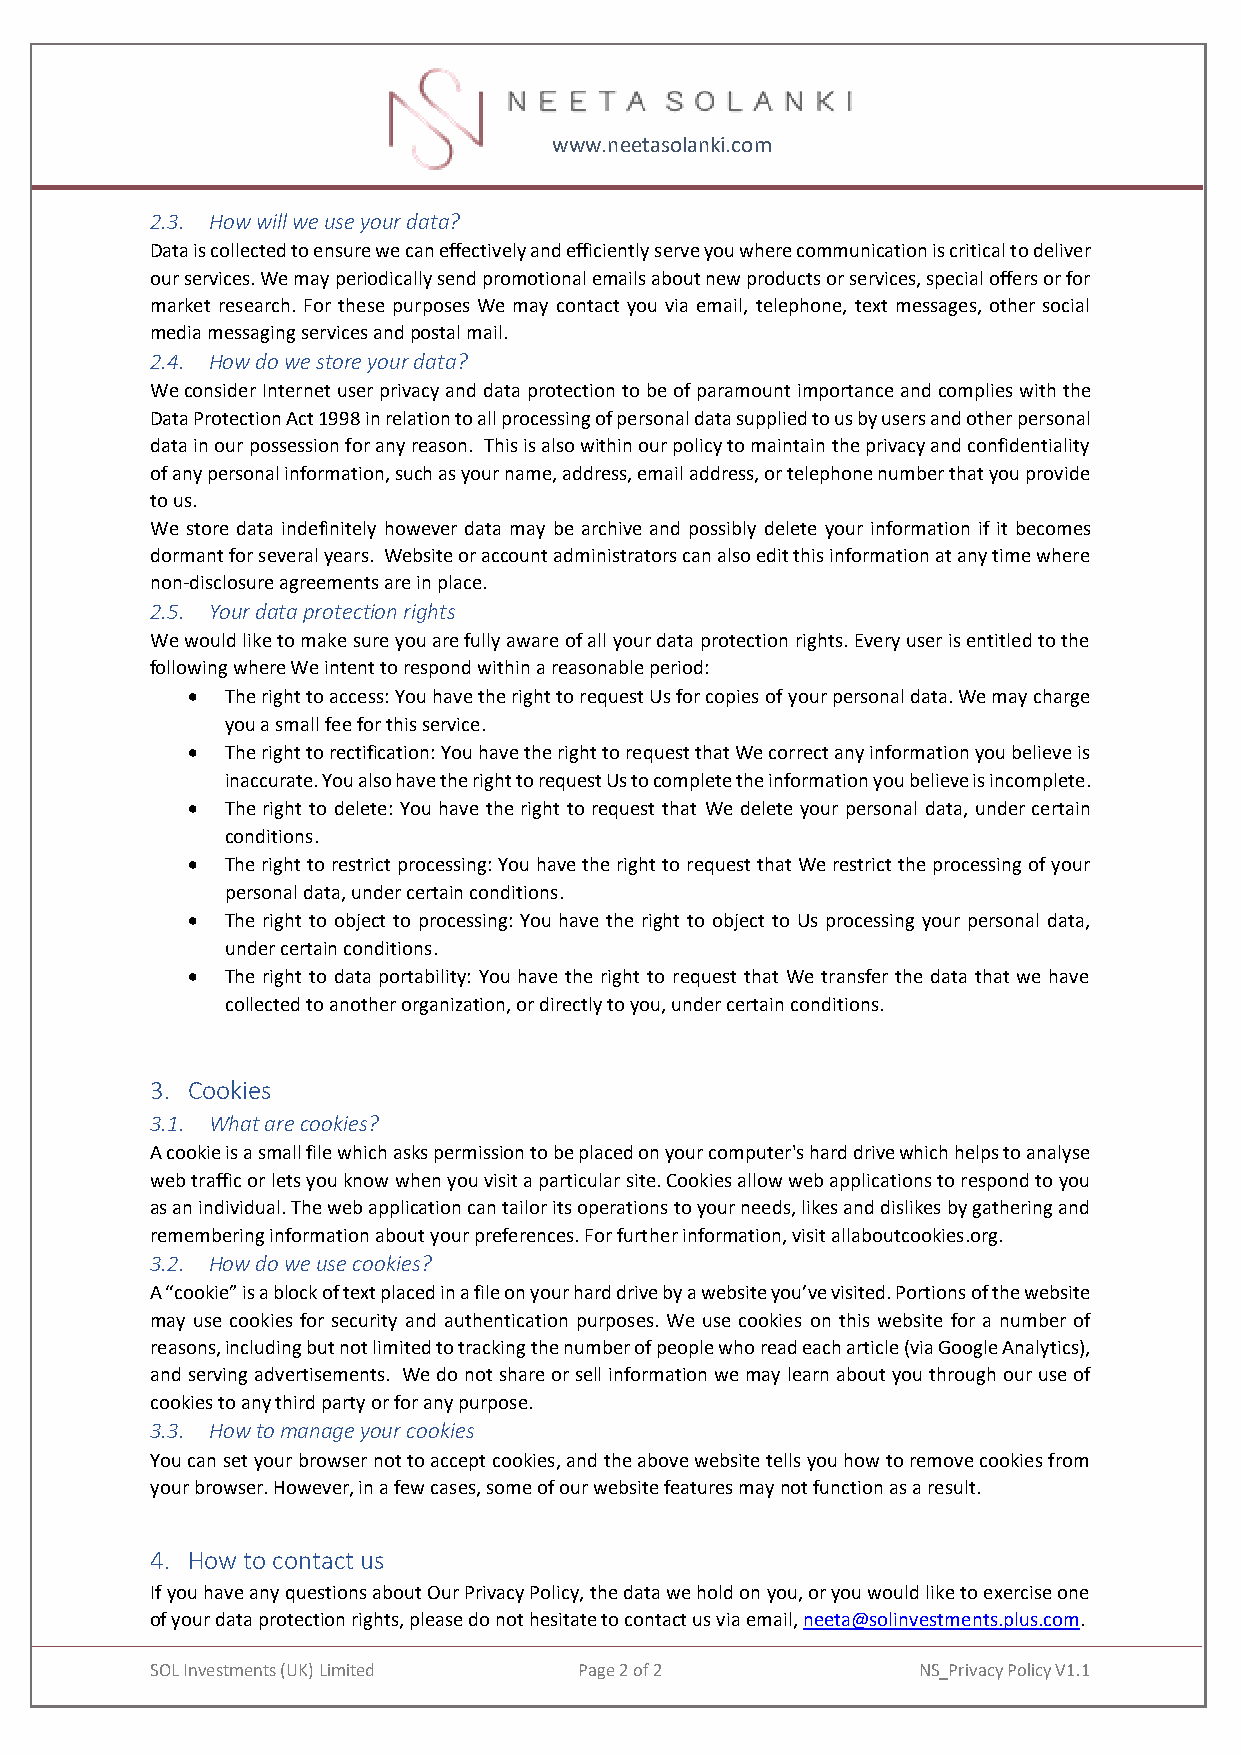
www.neetasolanki.com
 2.3. How will we use your data?
 Data is collected to ensure we can effectively and efficiently serve you where communication is critical to deliver
 our services. We may periodically send promotional emails about new products or services, special offers or for
 market research. For these purposes We may contact you via email, telephone, text messages, other social
 media messaging services and postal mail.
 2.4. How do we store your data?
 We consider Internet user privacy and data protection to be of paramount importance and complies with the
 Data Protection Act 1998 in relation to all processing of personal data supplied to us by users and other personal
 data in our possession for any reason. This is also within our policy to maintain the privacy and confidentiality
 of any personal information, such as your name, address, email address, or telephone number that you provide
 to us.
 We store data indefinitely however data may be archive and possibly delete your information if it becomes
 dormant for several years. Website or account administrators can also edit this information at any time where
 non-disclosure agreements are in place.
 2.5. Your data protection rights
 We would like to make sure you are fully aware of all your data protection rights. Every user is entitled to the
 following where We intent to respond within a reasonable period:
 •  The right to access: You have the right to request Us for copies of your personal data. We may charge
 you a small fee for this service.
 •  The right to rectification: You have the right to request that We correct any information you believe is
 inaccurate. You also have the right to request Us to complete the information you believe is incomplete.
 •  The right to delete: You have the right to request that We delete your personal data, under certain
 conditions.
 •  The right to restrict processing: You have the right to request that We restrict the processing of your
 personal data, under certain conditions.
 •  The right to object to processing: You have the right to object to Us processing your personal data,
 under certain conditions.
 •  The right to data portability: You have the right to request that We transfer the data that we have
 collected to another organization, or directly to you, under certain conditions.
 3. Cookies
 3.1. What are cookies?
 A cookie is a small file which asks permission to be placed on your computer's hard drive which helps to analyse
 web traffic or lets you know when you visit a particular site. Cookies allow web applications to respond to you
 as an individual. The web application can tailor its operations to your needs, likes and dislikes by gathering and
 remembering information about your preferences. For further information, visit allaboutcookies.org.
 3.2. How do we use cookies?
 A “cookie” is a block of text placed in a file on your hard drive by a website you’ve visited. Portions of the website
 may use cookies for security and authentication purposes. We use cookies on this website for a number of
 reasons, including but not limited to tracking the number of people who read each article (via Google Analytics),
 and serving advertisements. We do not share or sell information we may learn about you through our use of
 cookies to any third party or for any purpose.
 3.3. How to manage your cookies
 You can set your browser not to accept cookies, and the above website tells you how to remove cookies from
 your browser. However, in a few cases, some of our website features may not function as a result.
 4. How to contact us
 If you have any questions about Our Privacy Policy, the data we hold on you, or you would like to exercise one
 of your data protection rights, please do not hesitate to contact us via email, neeta@solinvestments.plus.com.
 SOL Investments (UK) Limited Page 2 of 2           NS_Privacy Policy V1.1